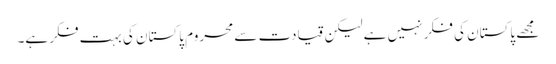
مجھے پاکستان کی فکر نہیں ہے لیکن قیادت سے محروم پاکستان کی بہت فکر ہے۔